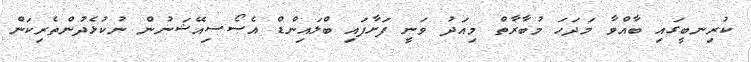
ކުރިނބީގައި ބާއްވާ މަދަހަ މުބާރާތް މިއަދު ވަނީ ފަށާފައި ބްލައިންޑް އެސޯސިއޭޝަނުން ނުކުޅެދުންތެރިކަން